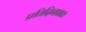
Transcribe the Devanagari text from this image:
प्रतिदिनप्रातः